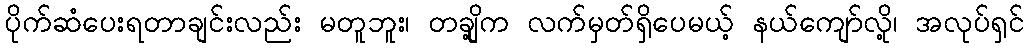
ပိုက်ဆံပေးရတာချင်းလည်း မတူဘူး၊ တချို့က လက်မှတ်ရှိပေမယ့် နယ်ကျော်လို့၊ အလုပ်ရှင်